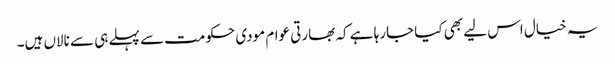
یہ خیال اس لیے بھی کیا جارہا ہے کہ بھارتی عوام مودی حکومت سے پہلے ہی سے نالاں ہیں۔